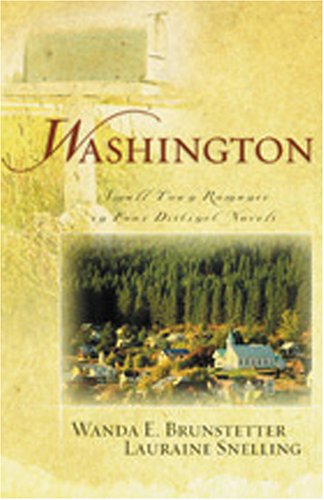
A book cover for Washington: Small Town Romance in Four Distinct Novels; Lauraine Snelling; Christian Books & Bibles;